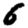
Digit: 6